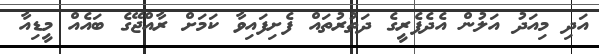
އަދި މިއަދު އަލުން އެދެފެރީގެ ދަތުރުތައް ފެށިފައިވާ ކަމަށް ރާއްޖޭގެ ބައެއް މީޑިއާ